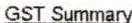
GST SUMMARY